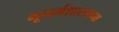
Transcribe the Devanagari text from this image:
भूगर्भशास्त्राच्या